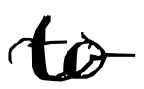
Text: to
Cross-out: wave
Writing tool: digital_black